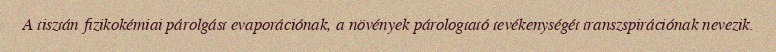
A tisztán fizikokémiai párolgást evaporációnak, a növények párologtató tevékenységét transzspirációnak nevezik.